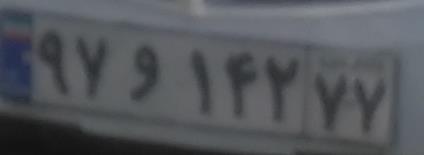
۹۷و۱۴۲۷۷